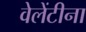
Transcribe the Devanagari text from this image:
वेलेंटीना